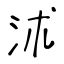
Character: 沭